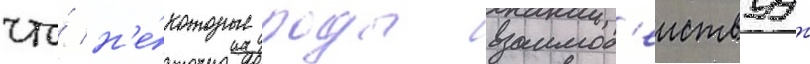
что́ н'е́которые роды взаимод'еиствуут